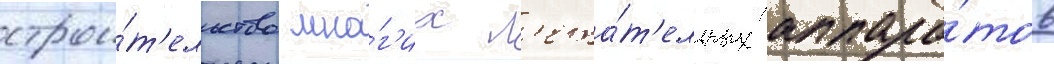
строи́т'ельство мно́г'их л'ета́т'ельных аппара́тов